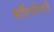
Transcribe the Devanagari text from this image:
मॉटगोमरी